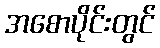
အစောပိုင်းတွင်